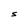
Character: S